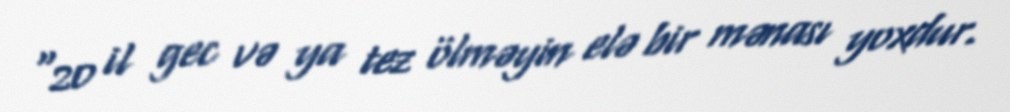
"20 il gec və ya tez ölməyin elə bir mənası yoxdur.